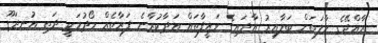
ރާއްޖޭގެ ހާލަތަށް ބަލާއިރު އާދައިގެ ވަޒީފާތައް އަދާކުރާނެ ފަރާތެއް ހޯދުމަކީ ދަތި އުނދަގޫ